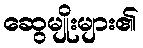
ဆွေမျိုးများ၏